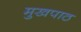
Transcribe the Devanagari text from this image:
मुखपाठ